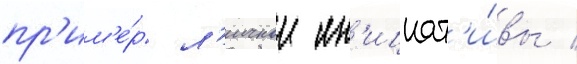
пр'им'е́р л'ичнои ин'ициат'и́вы /